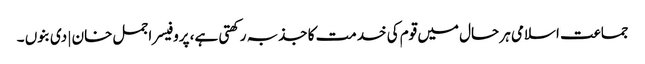
جماعت اسلامی ہر حال میں قوم کی خدمت کا جذبہ رکھتی ہے، پروفیسر اجمل خان | دی بنوں ۔